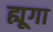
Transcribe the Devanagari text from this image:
ह्यूगा